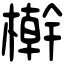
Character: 檊